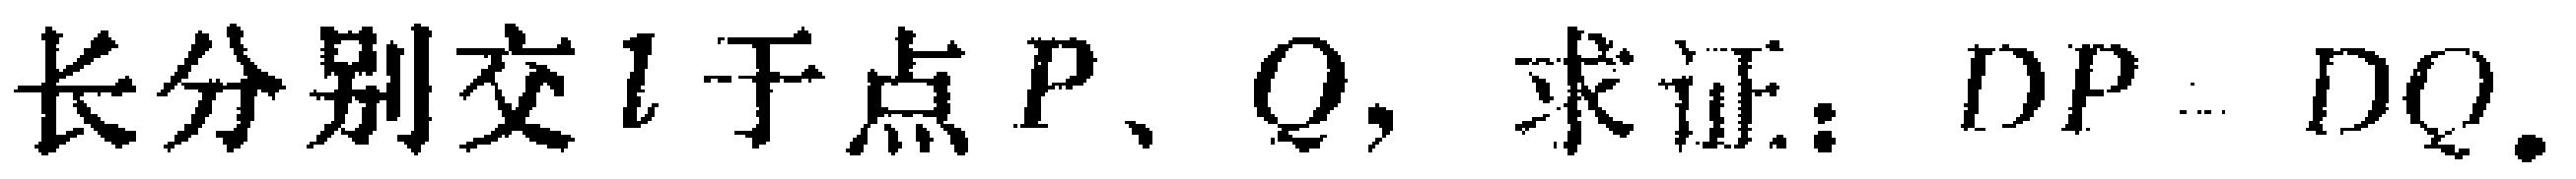
长分别交\(l\)于点\(P、Q\)，求证：\(DP = DQ\).